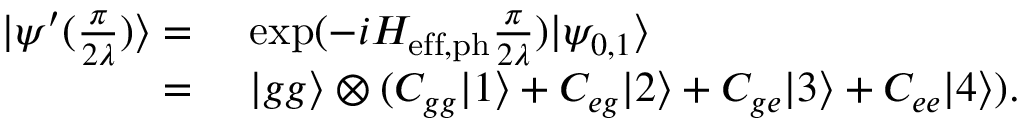
\begin{array} { r l } { | \psi ^ { \prime } ( { \frac { \pi } { 2 \lambda } } ) \rangle = } & { { } ~ \mathrm { e x p } ( - i H _ { \mathrm { e f f , p h } } \frac { \pi } { 2 \lambda } ) | \psi _ { 0 , 1 } \rangle } \\ { = } & { { } ~ | g g \rangle \otimes ( C _ { g g } | 1 \rangle + C _ { e g } | 2 \rangle + C _ { g e } | 3 \rangle + C _ { e e } | 4 \rangle ) . } \end{array}